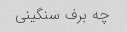
چه برف سنگینی